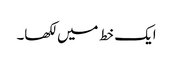
ایک خط میں لکھا۔